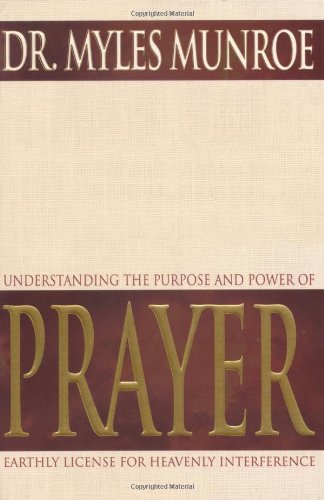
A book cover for Understanding The Purpose And Power Of Prayer; Myles Munroe; Religion & Spirituality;